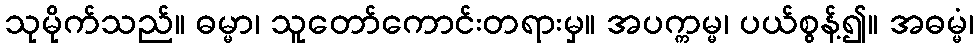
သုမိုက်သည်။ ဓမ္မာ၊ သူတော်ကောင်းတရားမှ။ အပက္ကမ္မ၊ ပယ်စွန့်၍။ အဓမ္မံ၊